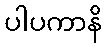
ပါပကာနိ